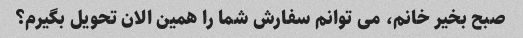
صبح بخیر خانم، می توانم سفارش شما را همین الان تحویل بگیرم؟